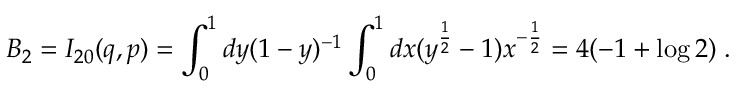
B _ { 2 } = I _ { 2 0 } ( q , p ) = \int _ { 0 } ^ { 1 } d y ( 1 - y ) ^ { - 1 } \int _ { 0 } ^ { 1 } d x ( y ^ { \frac 1 2 } - 1 ) x ^ { - \frac 1 2 } = 4 ( - 1 + \log 2 ) \; .